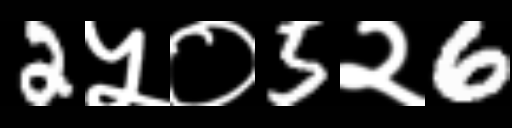
Text: 2५०5२6